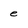
Character: e